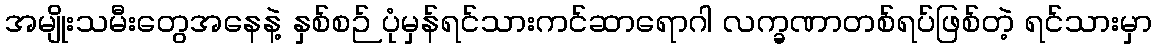
အမျိုးသမီးတွေအနေနဲ့ နှစ်စဉ် ပုံမှန်ရင်သားကင်ဆာရောဂါ လက္ခဏာတစ်ရပ်ဖြစ်တဲ့ ရင်သားမှာ